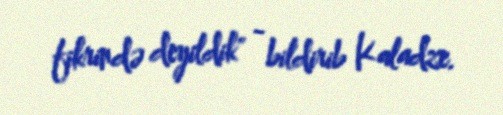
fikrində deyildik" - bildirib Kaladze.